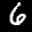
Label: 6